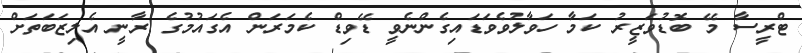
ޓްރީސާ މޭ ބޮޑުވަޒީރު ކަމާ ހަވާލުވެވަޑައިގެންނެވީ ޑޭވިޑް ކެމަރަން އެގައުމުގެ ރާނީ އެލިޒަބަތަށް